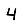
Digit: 4